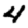
Digit: 4